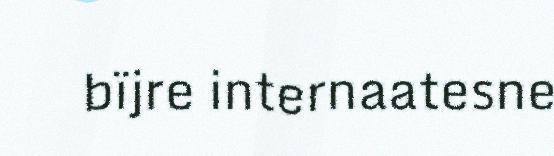
bïjre internaatesne